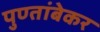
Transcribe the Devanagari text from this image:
पुण्तांबेकर